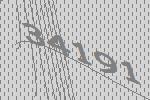
34191